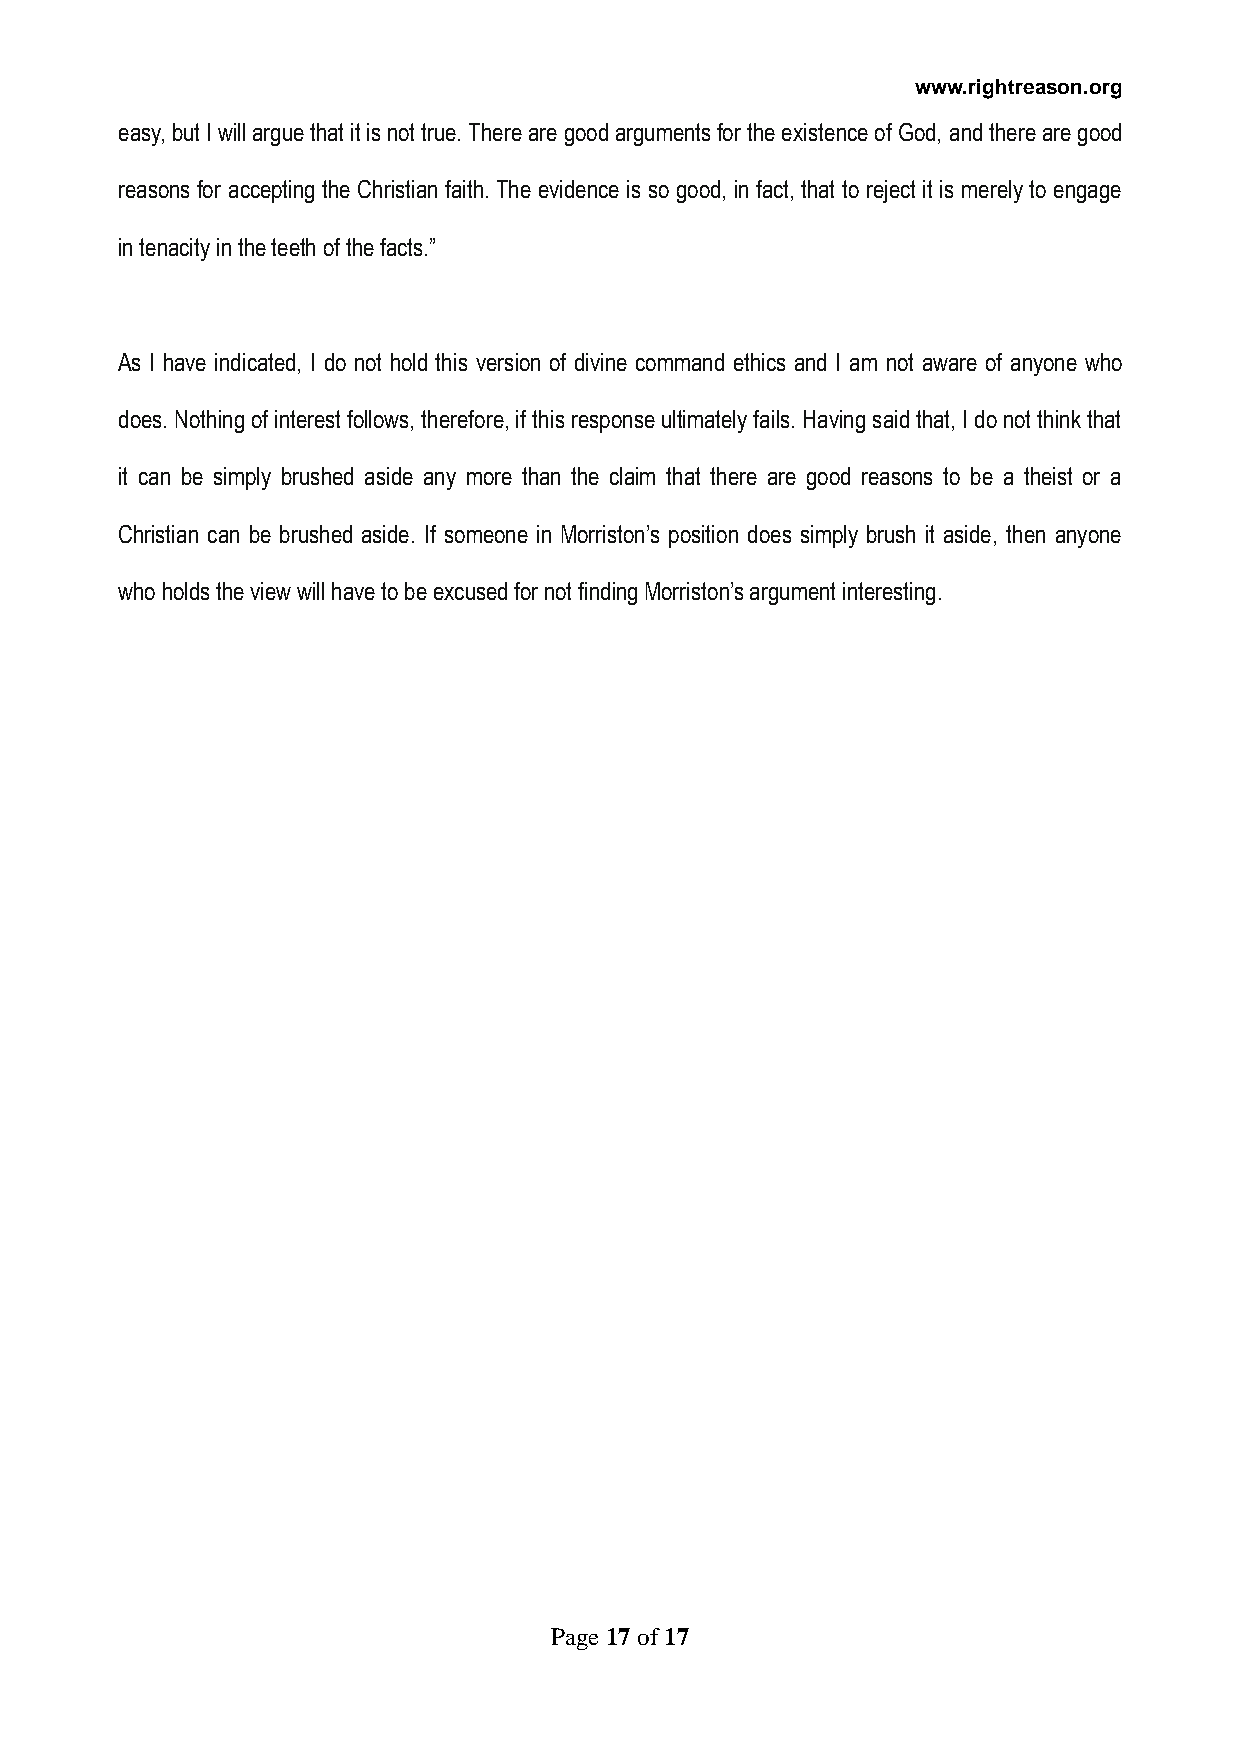
www.rightreason.org
 easy, but I will argue that it is not true. There are good arguments for the existence of God, and there are good
 reasons for accepting the Christian faith. The evidence is so good, in fact, that to reject it is merely to engage
 in tenacity in the teeth of the facts.”
 As I have indicated, I do not hold this version of divine command ethics and I am not aware of anyone who
 does. Nothing of interest follows, therefore, if this response ultimately fails. Having said that, I do not think that
 it can be simply brushed aside any more than the claim that there are good reasons to be a theist or a
 Christian can be brushed aside. If someone in Morriston’s position does simply brush it aside, then anyone
 who holds the view will have to be excused for not finding Morriston’s argument interesting.
 Page 17 of 17